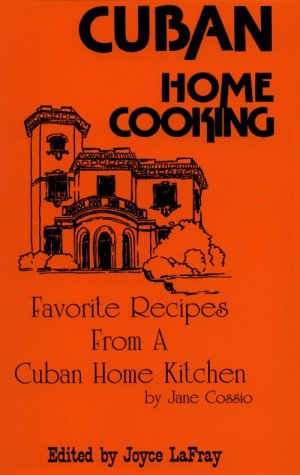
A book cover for Cuban Home Cooking: Favorite Recipes from a Cuban Home Kitchen; Jane Cossio; Cookbooks, Food & Wine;